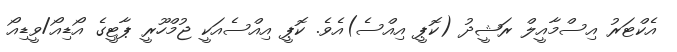
އެކްޓަރު އިސްމާއީލް ރަޝީދު (ކޮޕީ އިއްސެ)އެވެ. ކޮޕީ އިއްސެއަކީ ޖުމްހޫރީ ޕާޓީގެ އޯޑިއޯ/ވީޑިއޯ